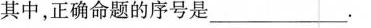
其中，正确命题的序号是___________________。